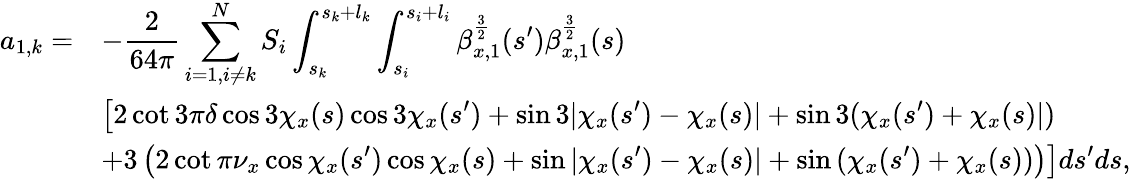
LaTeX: \begin{array}{cl}{\displaystyle a_{1,k}=}&{\displaystyle-\frac{2}{64\pi}\sum_{i=1,i\neq k}^{N}{S_{i}\int_{s_{k}}^{s_{k}+l_{k}}{\int_{s_{i}}^{s_{i}+l_{i}}{\beta_{x,1}^{\frac{3}{2}}(s^{\prime})\beta_{x,1}^{\frac{3}{2}}(s)}}}}\\ &{\displaystyle\left[2\cot{3\pi\delta}\cos{3\chi_{x}(s)}\cos{3\chi_{x}(s^{\prime})}+\sin{3|\chi_{x}(s^{\prime})-\chi_{x}(s)|}+\sin{3(\chi_{x}(s^{\prime})+\chi_{x}(s)|)}\right.}\\ &{\displaystyle\left.+3\left(2\cot{\pi\nu_{x}}\cos{\chi_{x}(s^{\prime})}\cos{\chi_{x}(s)}+\sin{|\chi_{x}(s^{\prime})-\chi_{x}(s)|}+\sin{(\chi_{x}(s^{\prime})+\chi_{x}(s))}\right)\right]ds^{\prime}ds,}\end{array}